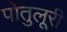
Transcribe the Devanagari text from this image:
पोतुलूरी